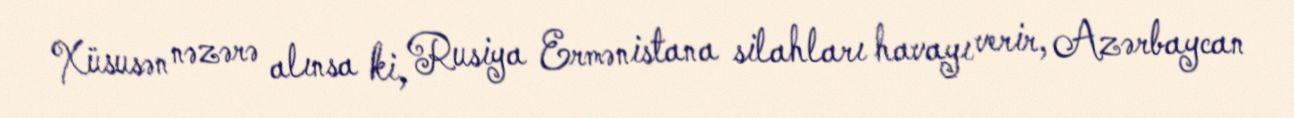
Xüsusən nəzərə alınsa ki, Rusiya Ermənistana silahları havayı verir, Azərbaycan